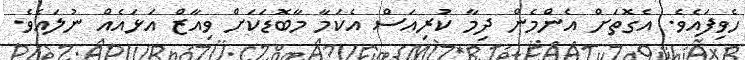
ހެވިފައެވެ. އެގޮތަށް އެންމެން ދިމާ ކުރިއަސް އެކަމާ މާބޮޑަކަށް ވިއާޒް އަޅައެއް ނުލައެވެ.